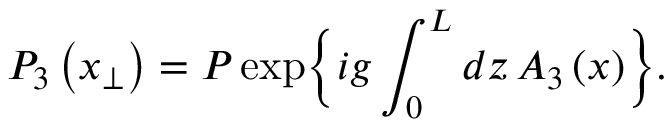
P _ { 3 } \left( x _ { \perp } \right) = P \exp \Bigl \{ i g \int _ { 0 } ^ { L } d z \, A _ { 3 } \left( x \right) \Bigr \} .